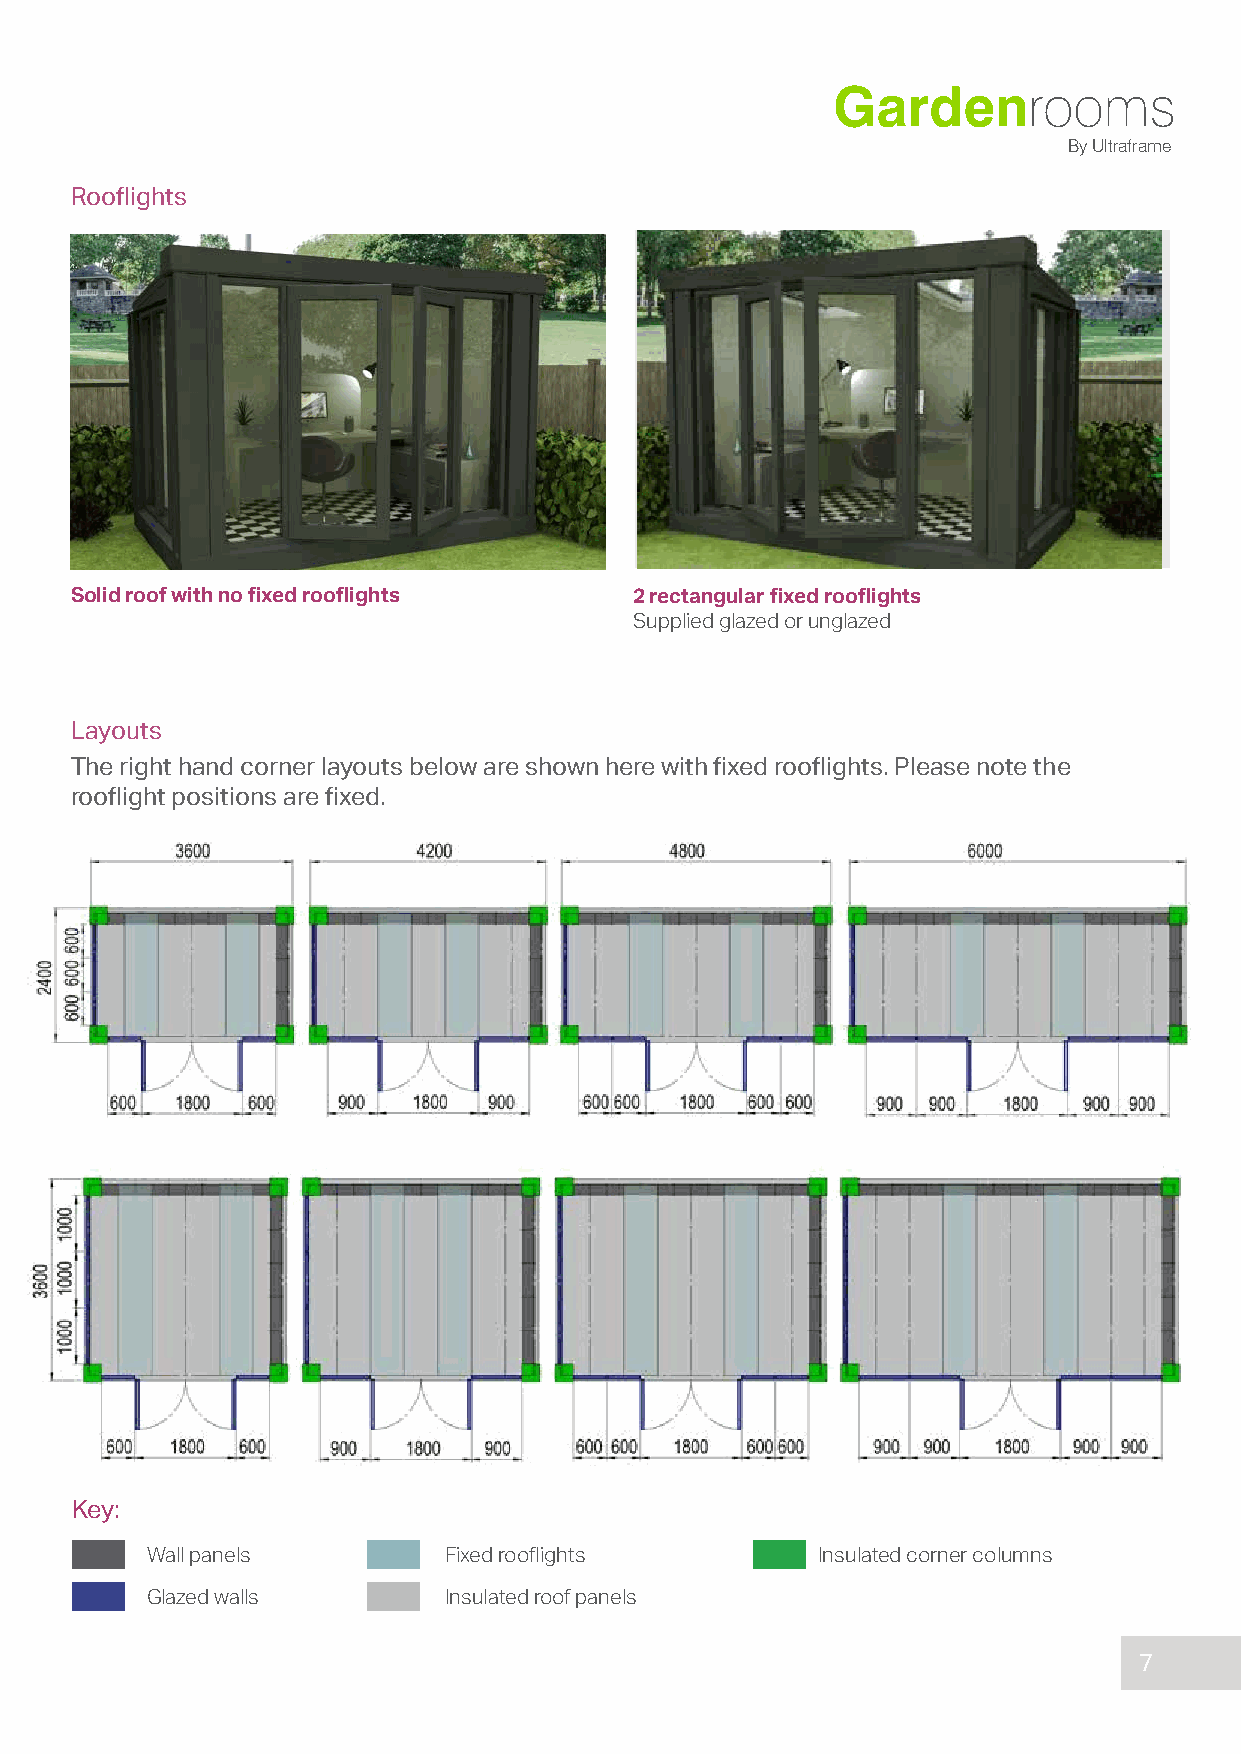
Gardenrooms
 By Ultraframe
 Rooflights
 Solid roof with no fixed rooflights  2 rectangular fixed rooflights
 Supplied glazed or unglazed
 Layouts
 The right hand corner layouts below are shown here with fixed rooflights. Please note the
 rooflight positions are fixed.
 Key:
 Wall panels        Fixed rooflights         Insulated corner columns
 Glazed walls       Insulated roof panels
 7